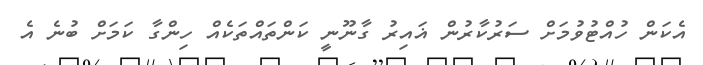
އެކަން ހުއްޓުވުމަށް ސަރުކާރުން ޣައިރު ގާނޫނީ ކަންތައްތަކެއް ހިންގާ ކަމަށް ބުނެ އެ